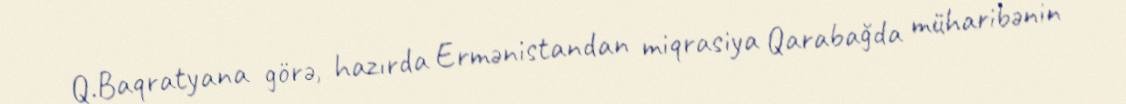
Q.Baqratyana görə, hazırda Ermənistandan miqrasiya Qarabağda müharibənin